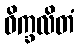
ဝိက္ခလိတံ